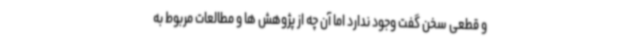
و قطعی سخن گفت وجود ندارد اما آن چه از پژوهش ها و مطالعات مربوط به